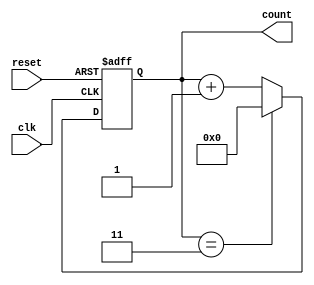
module modn_async_counter #(parameter N = 4) (
    input wire clk,
    input wire reset,
    output reg [N-1:0] count
);

    // Calculate number of flip-flops needed
    localparam k = $clog2(N);
    
    // Asynchronous reset and counting logic
    always @(posedge clk or posedge reset) begin
        if (reset) begin
            count <= 0; // Asynchronously reset the count to 0
        end else begin
            if (count == (N - 1)) begin
                count <= 0; // Reset to 0 after reaching N-1
            end else begin
                count <= count + 1; // Increment counter
            end
        end
    end
endmodule